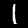
Digit: 1